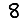
Digit: 8